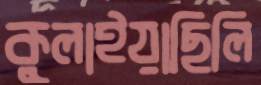
কুলাইয়াছিলি